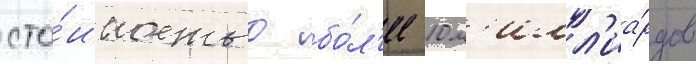
сто́имостью бо́л'ее 10 м'илл'иа́рдов